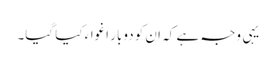
یہی وجہ ہے کہ ان کو دوبار اغواء کیا گیا۔